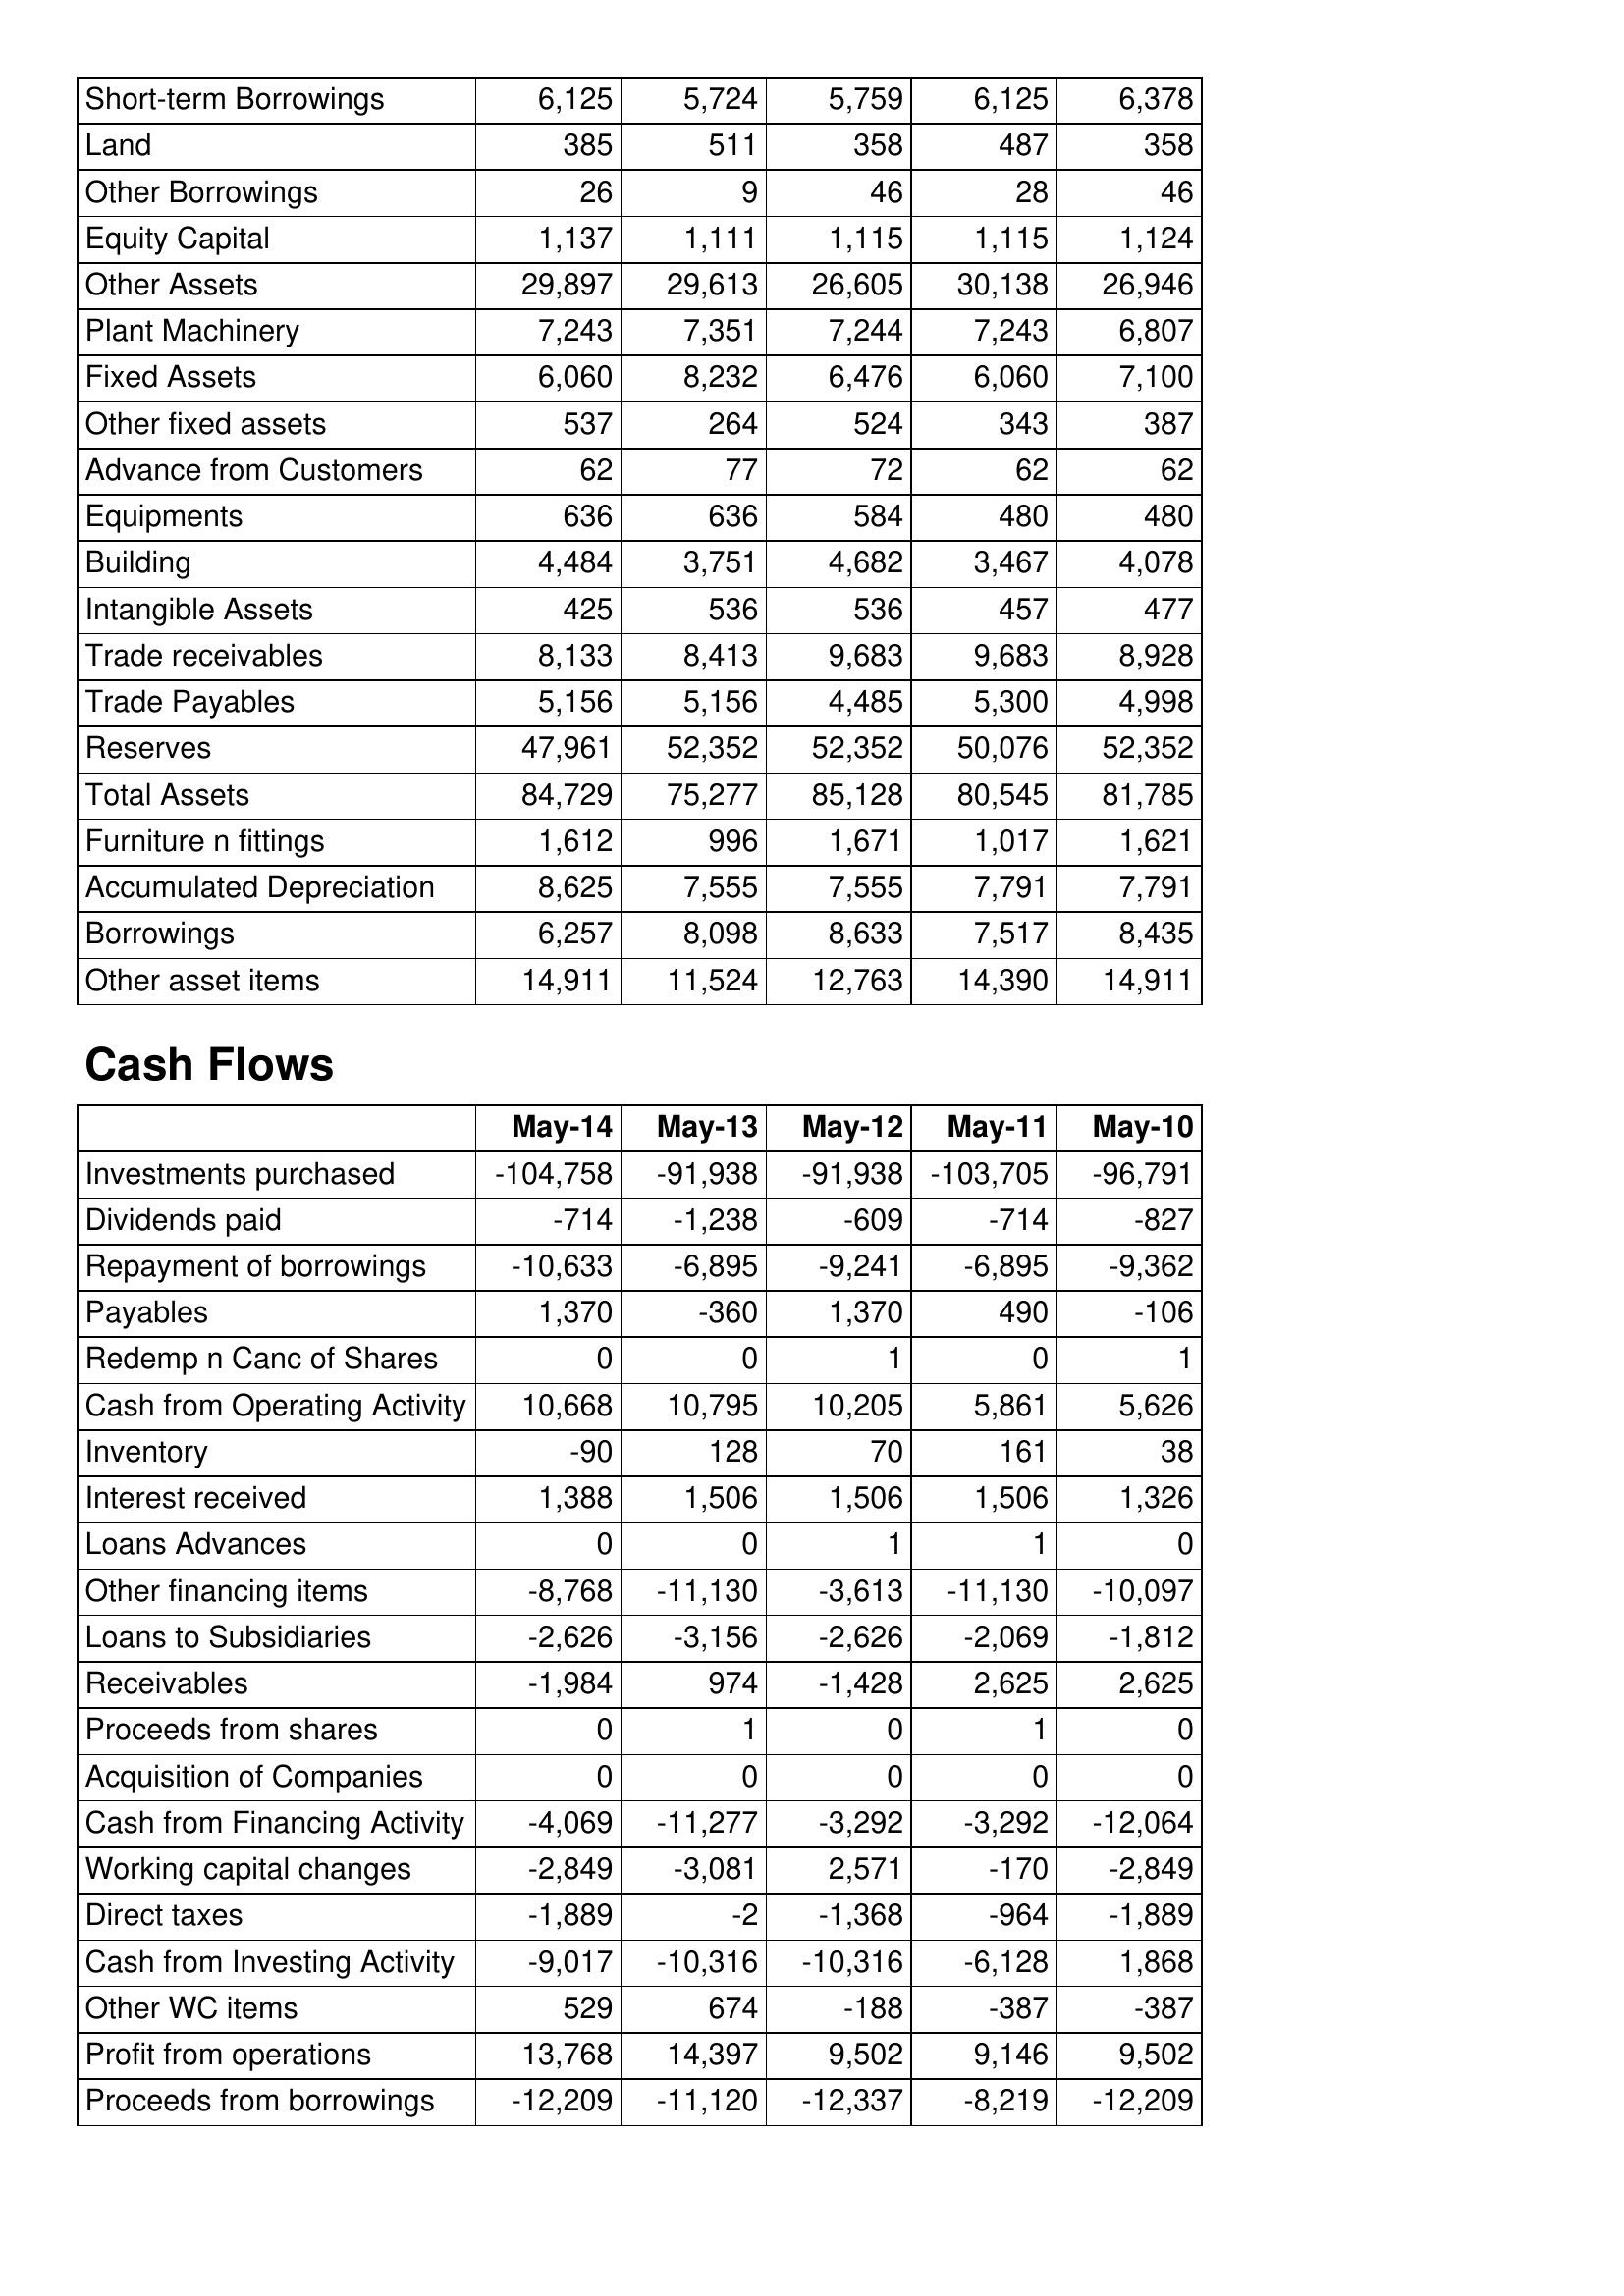
May-14: Balance Sheet: Short-term Borrowings: 6,125
Land: 385
Other Borrowings: 26
Equity Capital: 1,137
Other Assets: 29,897
Plant Machinery: 7,243
Fixed Assets: 6,060
Other fixed assets: 537
Advance from Customers: 62
Equipments: 636
Building: 4,484
Intangible Assets: 425
Trade receivables: 8,133
Trade Payables: 5,156
Reserves: 47,961
Total Assets: 84,729
Furniture n fittings: 1,612
Accumulated Depreciation: 8,625
Borrowings: 6,257
Other asset items: 14,911
Cash Flows: Investments purchased: -104,758
Dividends paid: -714
Repayment of borrowings: -10,633
Payables: 1,370
Redemp n Canc of Shares: 0
Cash from Operating Activity: 10,668
Inventory: -90
Interest received: 1,388
Loans Advances: 0
Other financing items: -8,768
Loans to Subsidiaries: -2,626
Receivables: -1,984
Proceeds from shares: 0
Acquisition of Companies: 0
Cash from Financing Activity: -4,069
Working capital changes: -2,849
Direct taxes: -1,889
Cash from Investing Activity: -9,017
Other WC items: 529
Profit from operations: 13,768
Proceeds from borrowings: -12,209
May-13: Balance Sheet: Short-term Borrowings: 5,724
Land: 511
Other Borrowings: 9
Equity Capital: 1,111
Other Assets: 29,613
Plant Machinery: 7,351
Fixed Assets: 8,232
Other fixed assets: 264
Advance from Customers: 77
Equipments: 636
Building: 3,751
Intangible Assets: 536
Trade receivables: 8,413
Trade Payables: 5,156
Reserves: 52,352
Total Assets: 75,277
Furniture n fittings: 996
Accumulated Depreciation: 7,555
Borrowings: 8,098
Other asset items: 11,524
Cash Flows: Investments purchased: -91,938
Dividends paid: -1,238
Repayment of borrowings: -6,895
Payables: -360
Redemp n Canc of Shares: 0
Cash from Operating Activity: 10,795
Inventory: 128
Interest received: 1,506
Loans Advances: 0
Other financing items: -11,130
Loans to Subsidiaries: -3,156
Receivables: 974
Proceeds from shares: 1
Acquisition of Companies: 0
Cash from Financing Activity: -11,277
Working capital changes: -3,081
Direct taxes: -2
Cash from Investing Activity: -10,316
Other WC items: 674
Profit from operations: 14,397
Proceeds from borrowings: -11,120
May-12: Balance Sheet: Short-term Borrowings: 5,759
Land: 358
Other Borrowings: 46
Equity Capital: 1,115
Other Assets: 26,605
Plant Machinery: 7,244
Fixed Assets: 6,476
Other fixed assets: 524
Advance from Customers: 72
Equipments: 584
Building: 4,682
Intangible Assets: 536
Trade receivables: 9,683
Trade Payables: 4,485
Reserves: 52,352
Total Assets: 85,128
Furniture n fittings: 1,671
Accumulated Depreciation: 7,555
Borrowings: 8,633
Other asset items: 12,763
Cash Flows: Investments purchased: -91,938
Dividends paid: -609
Repayment of borrowings: -9,241
Payables: 1,370
Redemp n Canc of Shares: 1
Cash from Operating Activity: 10,205
Inventory: 70
Interest received: 1,506
Loans Advances: 1
Other financing items: -3,613
Loans to Subsidiaries: -2,626
Receivables: -1,428
Proceeds from shares: 0
Acquisition of Companies: 0
Cash from Financing Activity: -3,292
Working capital changes: 2,571
Direct taxes: -1,368
Cash from Investing Activity: -10,316
Other WC items: -188
Profit from operations: 9,502
Proceeds from borrowings: -12,337
May-11: Balance Sheet: Short-term Borrowings: 6,125
Land: 487
Other Borrowings: 28
Equity Capital: 1,115
Other Assets: 30,138
Plant Machinery: 7,243
Fixed Assets: 6,060
Other fixed assets: 343
Advance from Customers: 62
Equipments: 480
Building: 3,467
Intangible Assets: 457
Trade receivables: 9,683
Trade Payables: 5,300
Reserves: 50,076
Total Assets: 80,545
Furniture n fittings: 1,017
Accumulated Depreciation: 7,791
Borrowings: 7,517
Other asset items: 14,390
Cash Flows: Investments purchased: -103,705
Dividends paid: -714
Repayment of borrowings: -6,895
Payables: 490
Redemp n Canc of Shares: 0
Cash from Operating Activity: 5,861
Inventory: 161
Interest received: 1,506
Loans Advances: 1
Other financing items: -11,130
Loans to Subsidiaries: -2,069
Receivables: 2,625
Proceeds from shares: 1
Acquisition of Companies: 0
Cash from Financing Activity: -3,292
Working capital changes: -170
Direct taxes: -964
Cash from Investing Activity: -6,128
Other WC items: -387
Profit from operations: 9,146
Proceeds from borrowings: -8,219
May-10: Balance Sheet: Short-term Borrowings: 6,378
Land: 358
Other Borrowings: 46
Equity Capital: 1,124
Other Assets: 26,946
Plant Machinery: 6,807
Fixed Assets: 7,100
Other fixed assets: 387
Advance from Customers: 62
Equipments: 480
Building: 4,078
Intangible Assets: 477
Trade receivables: 8,928
Trade Payables: 4,998
Reserves: 52,352
Total Assets: 81,785
Furniture n fittings: 1,621
Accumulated Depreciation: 7,791
Borrowings: 8,435
Other asset items: 14,911
Cash Flows: Investments purchased: -96,791
Dividends paid: -827
Repayment of borrowings: -9,362
Payables: -106
Redemp n Canc of Shares: 1
Cash from Operating Activity: 5,626
Inventory: 38
Interest received: 1,326
Loans Advances: 0
Other financing items: -10,097
Loans to Subsidiaries: -1,812
Receivables: 2,625
Proceeds from shares: 0
Acquisition of Companies: 0
Cash from Financing Activity: -12,064
Working capital changes: -2,849
Direct taxes: -1,889
Cash from Investing Activity: 1,868
Other WC items: -387
Profit from operations: 9,502
Proceeds from borrowings: -12,209